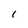
Character: I